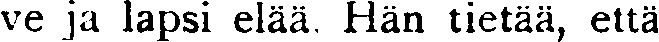
ve ja lapsi elää, Hän tietää, että